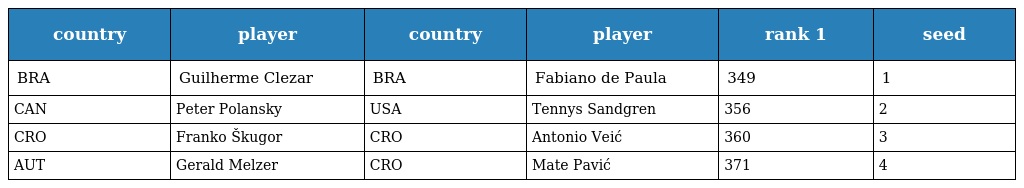
| country | player | country | player | rank 1 | seed |
 | --- | --- | --- | --- | --- | --- |
 | BRA | Guilherme Clezar | BRA | Fabiano de Paula | 349 | 1 |
 | CAN | Peter Polansky | USA | Tennys Sandgren | 356 | 2 |
 | CRO | Franko Škugor | CRO | Antonio Veić | 360 | 3 |
 | AUT | Gerald Melzer | CRO | Mate Pavić | 371 | 4 |